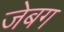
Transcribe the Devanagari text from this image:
जेबग